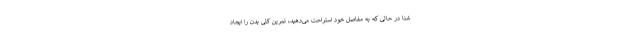
شنا در حالی که به مفاصل خود استراحت می­دهید، تمرین کلی بدن را ایجاد